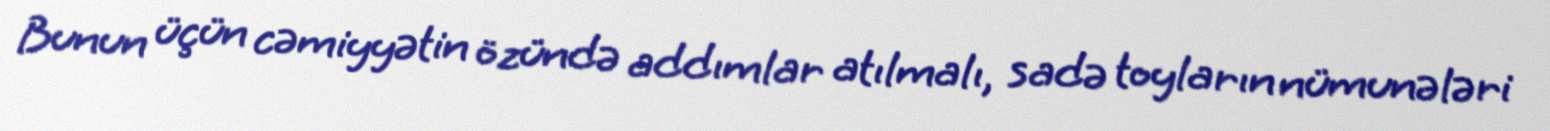
Bunun üçün cəmiyyətin özündə addımlar atılmalı, sadə toyların nümunələri